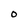
Character: O